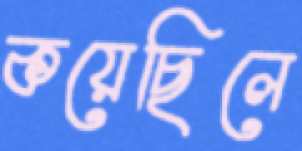
কয়েছিলে